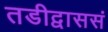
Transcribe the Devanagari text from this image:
तडीद्वाससं